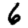
Digit: 6